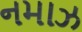
નમાઝ